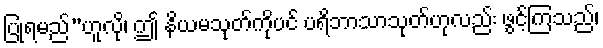
ပြုရမည်”ဟူလို၊ ဤ နိယမသုတ်ကိုပင် ပရိဘာသာသုတ်ဟုလည်း ဖွင့်ကြသည်၊